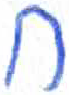
אות: ח